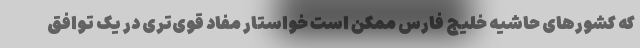
که کشورهای حاشیه خلیج فارس ممکن است خواستار مفاد قوی‌تری در یک توافق